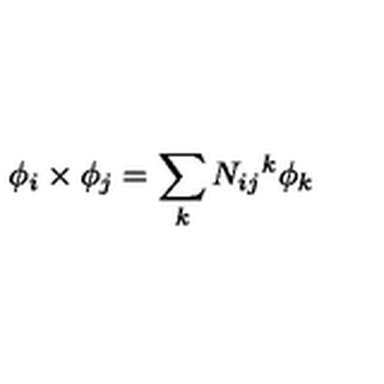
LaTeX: \phi _ { i } \times \phi _ { j } = \sum _ { k } N _ { i j } { } ^ { k } \phi _ { k }